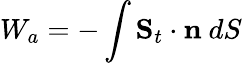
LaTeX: W_{a}=-\int\mathbf{S}_{t}\cdot\mathbf{n}~dS